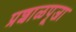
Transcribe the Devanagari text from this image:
प्रशाळपूजा